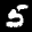
Label: 5